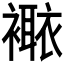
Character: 𧝯